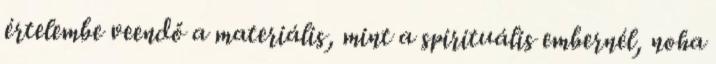
értelembe veendő a materiális, mint a spirituális embernél, noha